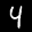
Label: 4